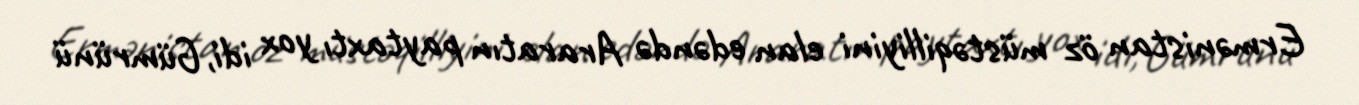
Ermənistan öz müstəqilliyini elan edəndə Araratın paytaxtı yox idi, Gümrünü